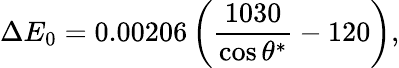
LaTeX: \Delta E_{0}=0.00206\left(\frac{1030}{\cos\theta^{*}}-120\right),